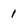
Character: 1